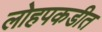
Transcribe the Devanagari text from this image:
लोहपकडीत